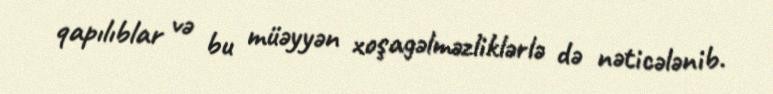
qapılıblar və bu müəyyən xoşagəlməzliklərlə də nəticələnib.